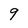
Character: 9